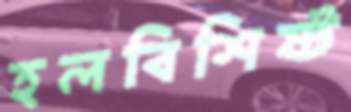
হলবিশিষ্ট